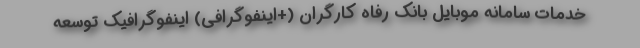
خدمات سامانه موبایل بانک رفاه کارگران (+اینفوگرافی) اینفوگرافیک توسعه